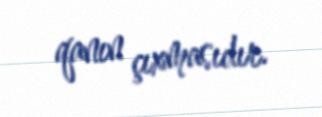
qanın çıxmasıdır.